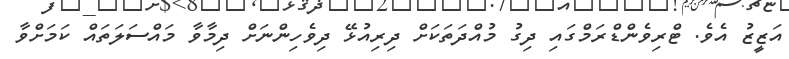
އަޒީޒު އެވެ. ޓްރިވެންޑްރަމްގައި ދިގު މުއްދަތަކަށް ދިރިއުޅޭ ދިވެހިންނަށް ދިމާވާ މައްސަލަތައް ކަމަށްވާ